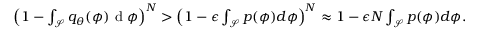
\begin{array} { r } { \left( 1 - \int _ { \mathcal { S } } q _ { \theta } ( \phi ) \textrm { d } \phi \right) ^ { N } > \left( 1 - \epsilon \int _ { \mathcal { S } } p ( \phi ) d \phi \right) ^ { N } \approx 1 - \epsilon N \int _ { \mathcal { S } } p ( \phi ) d \phi . } \end{array}